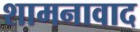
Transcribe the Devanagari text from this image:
शामनावाद